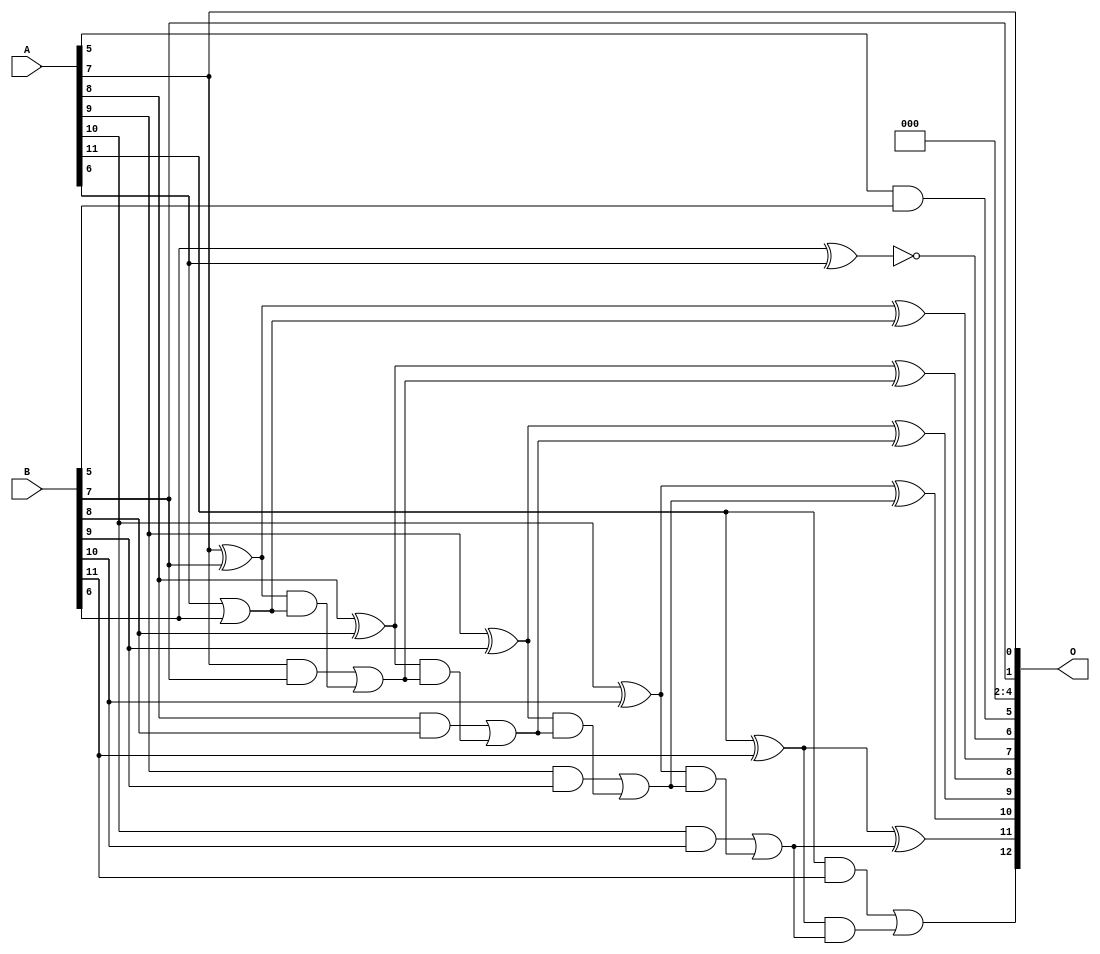
/***
* This code is a part of EvoApproxLib library (ehw.fit.vutbr.cz/approxlib) distributed under The MIT License.
* When used, please cite the following article(s): PRABAKARAN B. S., MRAZEK V., VASICEK Z., SEKANINA L., SHAFIQUE M. ApproxFPGAs: Embracing ASIC-based Approximate Arithmetic Components for FPGA-Based Systems. DAC 2020. 
***/
// MAE% = 0.21 %
// MAE = 17 
// WCE% = 0.82 %
// WCE = 67 
// WCRE% = 6300.00 %
// EP% = 97.84 %
// MRE% = 0.58 %
// MSE = 474 
// FPGA_POWER = 0.33
// FPGA_DELAY = 7.0
// FPGA_LUT = 7.0


module add12u_013(A, B, O);
  input [11:0] A, B;
  output [12:0] O;
  wire sig_55, sig_56, sig_57, sig_58, sig_60, sig_61;
  wire sig_62, sig_63, sig_65, sig_66, sig_67, sig_68;
  wire sig_70, sig_71, sig_72, sig_73, sig_75, sig_76;
  wire sig_77, sig_78;
  assign O[4] = 1'b0;
  assign O[5] = A[5] & B[5];
  assign O[6] = !(B[6] ^ A[6]);
  assign O[3] = 1'b0;
  assign O[2] = 1'b0;
  assign sig_55 = A[6] | B[6];
  assign sig_56 = A[7] ^ B[7];
  assign sig_57 = A[7] & B[7];
  assign sig_58 = sig_56 & sig_55;
  assign O[7] = sig_56 ^ sig_55;
  assign sig_60 = sig_57 | sig_58;
  assign sig_61 = A[8] ^ B[8];
  assign sig_62 = A[8] & B[8];
  assign sig_63 = sig_61 & sig_60;
  assign O[8] = sig_61 ^ sig_60;
  assign sig_65 = sig_62 | sig_63;
  assign sig_66 = A[9] ^ B[9];
  assign sig_67 = A[9] & B[9];
  assign sig_68 = sig_66 & sig_65;
  assign O[9] = sig_66 ^ sig_65;
  assign sig_70 = sig_67 | sig_68;
  assign sig_71 = A[10] ^ B[10];
  assign sig_72 = A[10] & B[10];
  assign sig_73 = sig_71 & sig_70;
  assign O[10] = sig_71 ^ sig_70;
  assign sig_75 = sig_72 | sig_73;
  assign sig_76 = A[11] ^ B[11];
  assign sig_77 = A[11] & B[11];
  assign sig_78 = sig_76 & sig_75;
  assign O[11] = sig_76 ^ sig_75;
  assign O[12] = sig_77 | sig_78;
  assign O[0] = A[7];
  assign O[1] = B[7];
endmodule